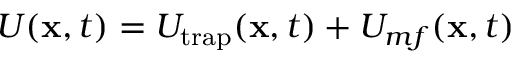
U ( \mathbf { x } , t ) = U _ { \mathrm { t r a p } } ( \mathbf { x } , t ) + U _ { m f } ( \mathbf { x } , t )